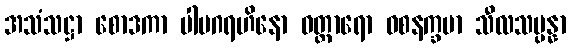
အသံသဋ္ဌာ စောဒကာ ပါပဂရဟိနော ဝတ္တာရော ဝစနက္ခမာ သီလသမ္ပန္နာ